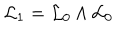
LaTeX: { \cal L } _ { 1 } = { \cal L } _ { 0 } \wedge { \cal L } _ { 0 }